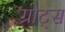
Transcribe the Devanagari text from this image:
ग्रोट्स